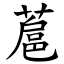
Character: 蔰